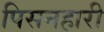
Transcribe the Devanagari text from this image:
पिसनहारी